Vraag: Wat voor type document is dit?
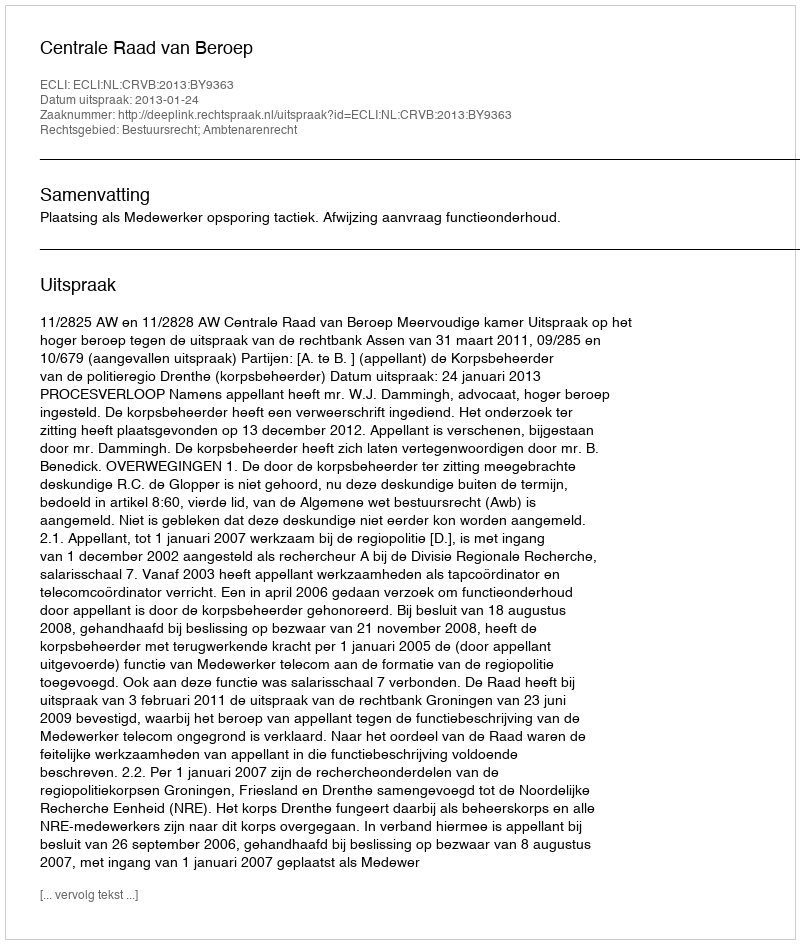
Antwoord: Uitspraak